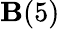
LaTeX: \mathbf{B}(5)